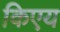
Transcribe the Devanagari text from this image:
किएय